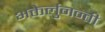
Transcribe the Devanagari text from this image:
भक्तेर्लुनन्ती